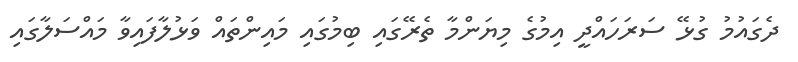
ދެގައުމު ގުޅޭ ސަރަހައްދީ އިމުގެ މިޔަންމާ ތެރޭގައި ބިމުގައި މައިންތައް ވަޅުލާފައިވާ މައްސަލާގައި